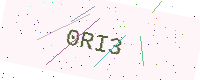
Text: 0RI3